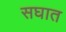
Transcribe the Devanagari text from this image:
सघात